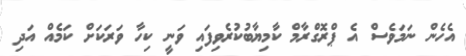
އެހެން ނަމަވެސް އެ ޕްރޮގްރާމް ކާމިޔާބުކުރެވިފައި ވަނީ ކިހާ ވަރަކަށް ކަމެއް އަދި